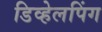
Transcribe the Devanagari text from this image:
डिव्हेलपिंग